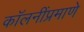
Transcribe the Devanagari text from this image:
कॉलनींप्रमाणे